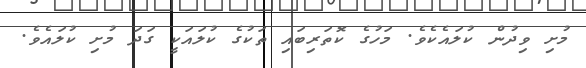
މުށި ވިދުން ކުލައެކެވެ. މަހުގެ ކޮތަރިބައި ތަކުގެ ކުލައަކީ ގަދަ މުށި ކުލައެވެ.